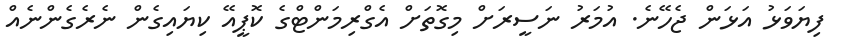
ފިޔަވަޅު އަޅަން ޖެހޭނެ. އުމަރު ނަސީރަށް މިގޮތަށް އެގްރިމަންޓްގެ ކޮޕީއޭ ކިޔައިގެން ނެރެގެންނެއް